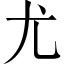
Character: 尤